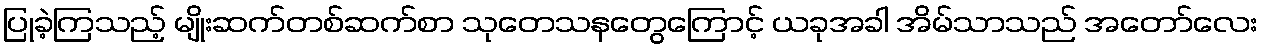
ပြုခဲ့ကြသည့် မျိုးဆက်တစ်ဆက်စာ သုတေသနတွေကြောင့် ယခုအခါ အိမ်သာသည် အတော်လေး